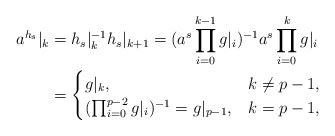
\begin{align*}a^{h_s}|_k &= h_s|_{k}^{-1}h_s|_{k+1} = (a^s\prod_{i = 0}^{k-1}g|_i)^{-1}a^s\prod_{i = 0}^{k}g|_i \\&= \begin{cases}g|_k, &k \neq p-1,\\(\prod_{i = 0}^{p-2}g|_i)^{-1} = g|_{p-1}, &k = p-1,\\\end{cases}\end{align*}